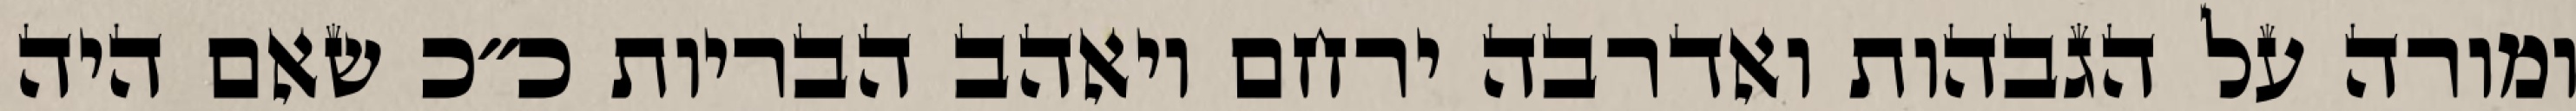
ומורה על הגבהות ואדרבה ירחם ויאהב הבריות כ״כ שאם היה